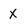
Character: x